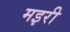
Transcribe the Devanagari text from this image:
मइरी